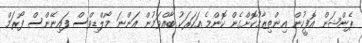
ޕެންޝަން އޮފީހުން އިންތިޒާމުކޮށްގެން ކޮންމެ އަހަރަކު ބާއްވަމުން އަންނަ މޯލްޑިވްސް ފައިނޭންސް ފޯރަމް